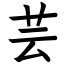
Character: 芸